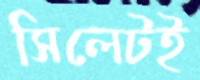
সিলেটই